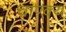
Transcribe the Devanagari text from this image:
चाण्क्य